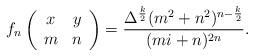
LaTeX: \begin{align*}f_n\left(\begin{array}{cc}x&y\\m&n\end{array}\right)=\frac{\Delta^{\frac{k}{2}}(m^2+n^2)^{n-\frac{k}{2}}}{(mi+n)^{2n}}.\end{align*}